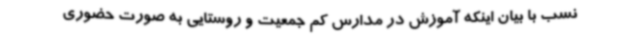
نسب با بیان اینکه آموزش در مدارس کم جمعیت و روستایی به صورت حضوری